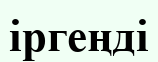
іргеңді